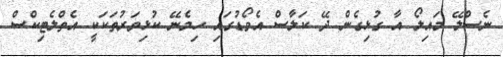
ނެސްލޭ މައިލޯ އާ ގުޅިގެން ދޭ ކަލާސް އެވޯޑުގައި ހިމެނޭ ކުޅިވަރުތަކަކީ އެތްލެޓިކްސް